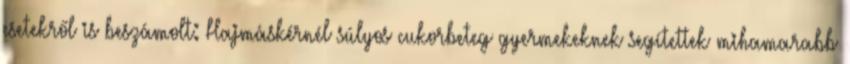
esetekről is beszámolt: Hajmáskérnél súlyos cukorbeteg gyermekeknek segítettek mihamarabb